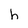
Character: h